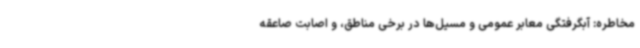
مخاطره: آبگرفتگی معابر عمومی و مسیل‌ها در برخی مناطق، و اصابت صاعقه